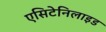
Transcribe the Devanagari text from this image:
एसिटेनिलाइड